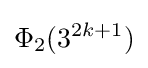
\Phi _{2}(3^{2k+1})